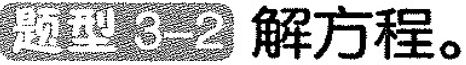
题型3-2 解方程。